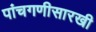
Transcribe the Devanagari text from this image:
पांचगणीसारखी